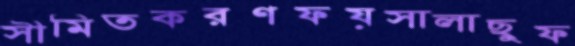
সীমিতকরণফয়সালাছুফ